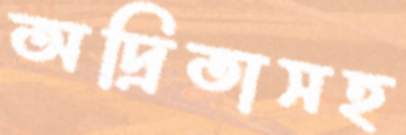
অদ্রিতাসহ